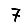
Digit: 7